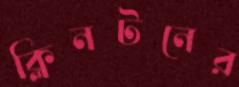
ক্লিনটনের